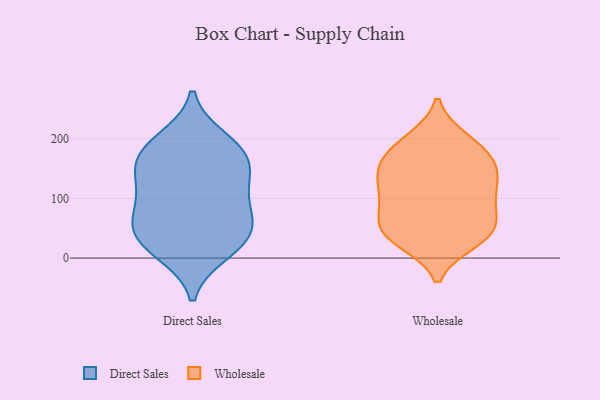
{"axis": {"x": "Budget (USD K)", "y": "Value"}, "legend": ["Direct Sales", "Wholesale"], "data": [{"x": "", "y": 171, "type": "Direct Sales"}, {"x": "", "y": 57, "type": "Direct Sales"}, {"x": "", "y": 37, "type": "Direct Sales"}, {"x": "", "y": 179, "type": "Direct Sales"}, {"x": "", "y": 81, "type": "Direct Sales"}, {"x": "", "y": 134, "type": "Direct Sales"}, {"x": "", "y": 47, "type": "Direct Sales"}, {"x": "", "y": 168, "type": "Direct Sales"}, {"x": "", "y": 23, "type": "Direct Sales"}, {"x": "", "y": 197, "type": "Direct Sales"}, {"x": "", "y": 129, "type": "Direct Sales"}, {"x": "", "y": 11, "type": "Direct Sales"}, {"x": "", "y": 98, "type": "Direct Sales"}, {"x": "", "y": 128, "type": "Wholesale"}, {"x": "", "y": 38, "type": "Wholesale"}, {"x": "", "y": 149, "type": "Wholesale"}, {"x": "", "y": 33, "type": "Wholesale"}, {"x": "", "y": 42, "type": "Wholesale"}, {"x": "", "y": 88, "type": "Wholesale"}, {"x": "", "y": 182, "type": "Wholesale"}, {"x": "", "y": 194, "type": "Wholesale"}, {"x": "", "y": 59, "type": "Wholesale"}, {"x": "", "y": 29, "type": "Wholesale"}, {"x": "", "y": 54, "type": "Wholesale"}, {"x": "", "y": 109, "type": "Wholesale"}, {"x": "", "y": 198, "type": "Wholesale"}, {"x": "", "y": 151, "type": "Wholesale"}, {"x": "", "y": 143, "type": "Wholesale"}, {"x": "", "y": 110, "type": "Wholesale"}, {"x": "", "y": 84, "type": "Wholesale"}, {"x": "", "y": 164, "type": "Wholesale"}]}